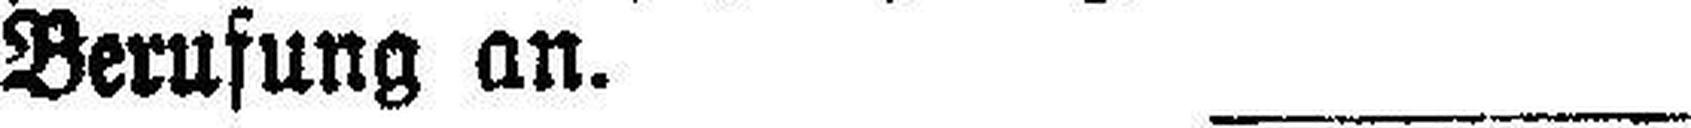
Berufung an.